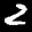
Label: 2